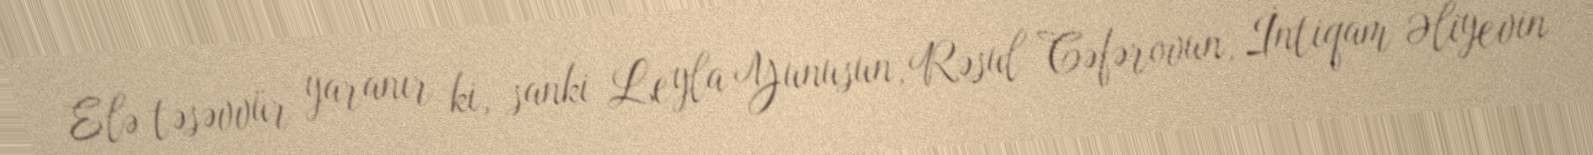
Elə təsəvvür yaranır ki, sanki Leyla Yunusun, Rəsul Cəfərovun, İntiqam Əliyevin